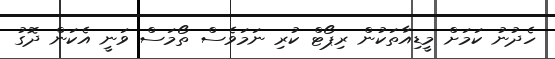
ހެދުނު ކަމަށް މީޑިއާތަކުން ރިޕޯޓް ކުރި ނަމަވެސް ތޯމަސް ވަނީ އެކަން ދޮގު